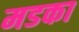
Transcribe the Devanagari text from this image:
मडका